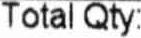
TOTAL QTY: